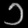
Digit: ၁